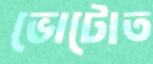
ভোটোত